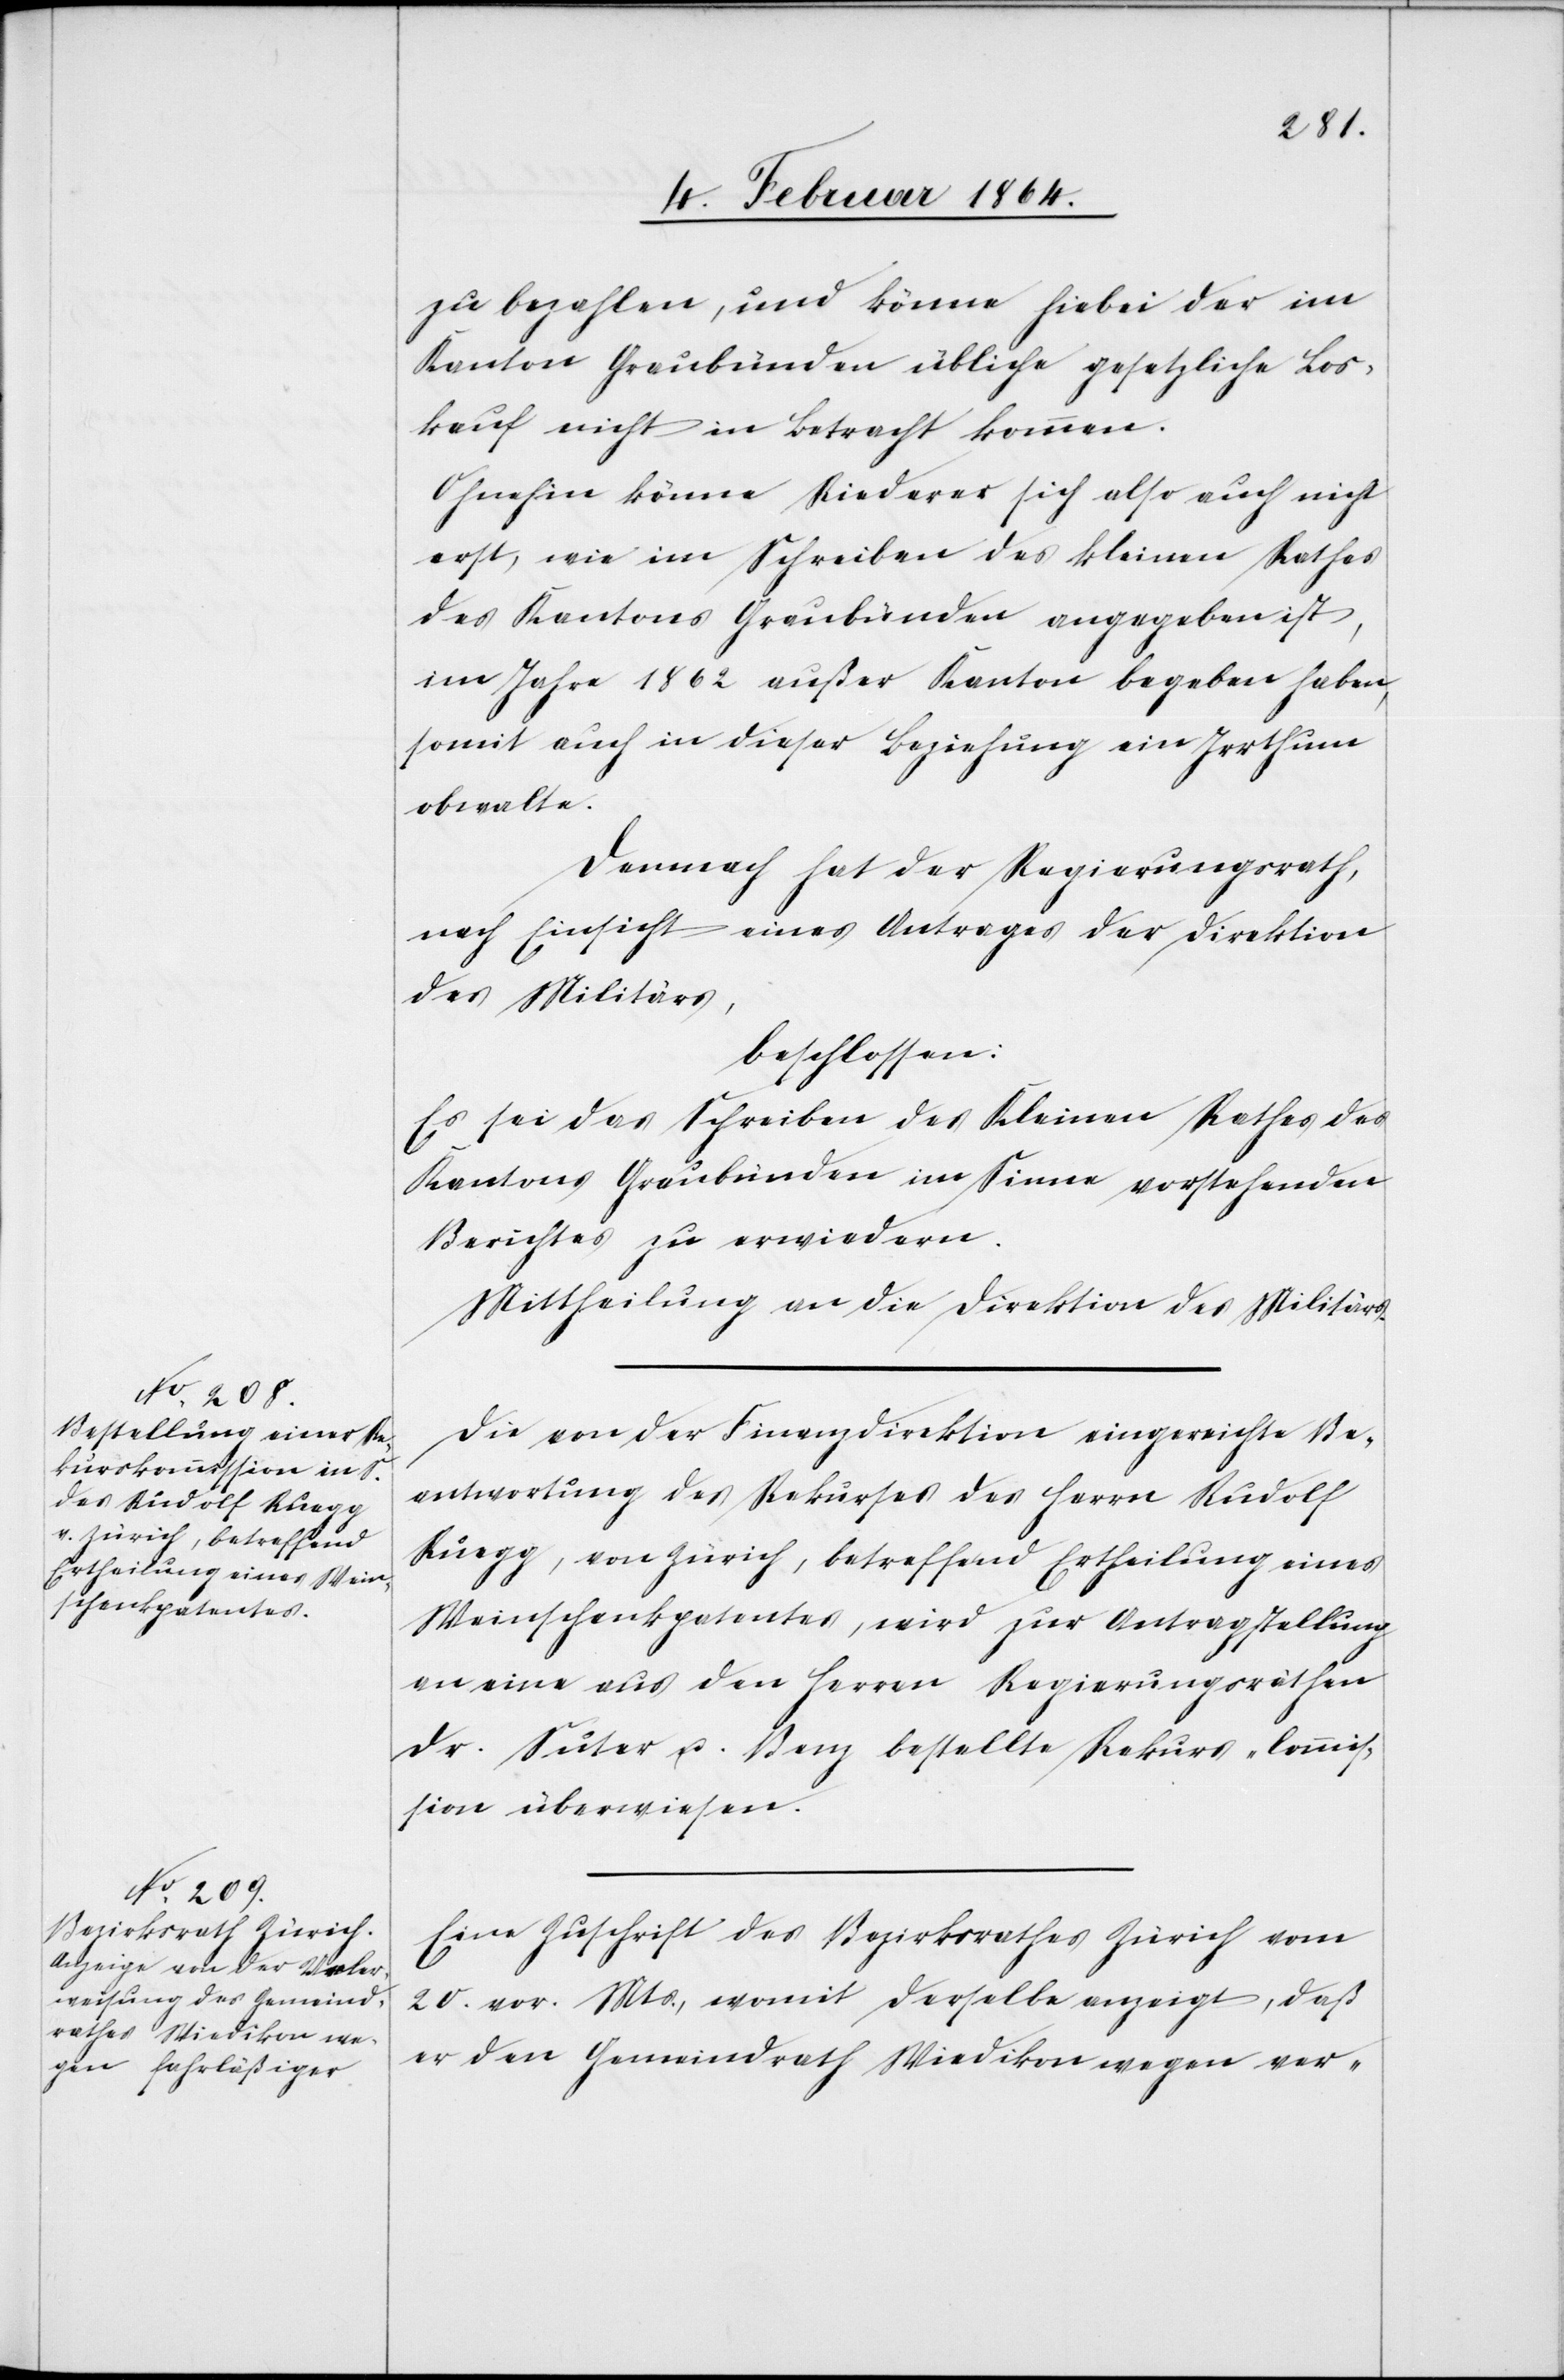
zu bezahlen, und könne hiebei der im
Kanton Graubünden übliche gesetzliche Los¬
kauf nicht in Betracht kommen.
Ohnehin könne Riederer sich also auch nicht
erst, wie im Schreiben des kleinen Rathes
des Kantons Graubünden angegeben ist,
im Jahre 1862 außer Kanton begeben haben,
somit auch in dieser Beziehung ein Irrthum
obwalte.
Demnach hat der Regierungsrath,
nach Einsicht eines Antrages der Direktion
des Militärs,
beschlossen:
Es sei das Schreiben des Kleinen Rathes des
Kantons Graubünden im Sinne vorstehenden
Berichtes zu erwiedern.
Mittheilung an die Direktion des Militärs.
Die von der Finanzdirektion eingereichte Be¬
antwortung des Rekurses des Herrn Rudolf
Rüegg, von Zürich, betreffend Ertheilung eines
Weinschenkpatentes, wird zur Antragstellung
an eine aus den Herren Regierungsräthen
Dr. Suter u. Benz bestellte Rekurs-Commis¬
sion überwiesen.
Eine Zuschrift des Bezirksrathes Zürich vom
20. vor. Mts., womit derselbe anzeigt, daß
er den Gemeindrath Wiedikon wegen ver-